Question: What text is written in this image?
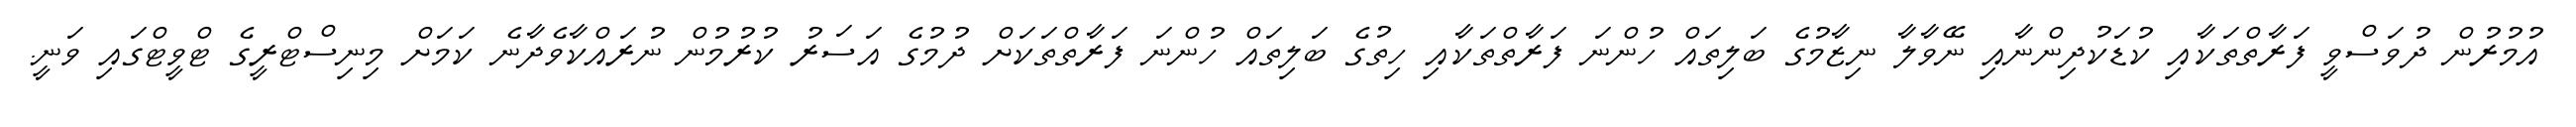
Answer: އުމުރުން ދުވަސްވީ ފަރާތްތަކާއި ކުޑަކުދިންނާއި ނޭވާލާ ނިޒާމުގެ ބަލިތައް ހުންނަ ފަރާތްތަކާއި ހިތުގެ ބަލިތައް ހުންނަ ފަރާތްތަކަށް ދުމުގެ އަސަރު ކުރުމުން ނުރައްކާވެދާނެ ކަމަށް މިނިސްޓްރީގެ ޓްވީޓްގައި ވަނީ.